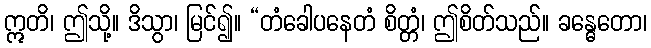
ဣတိ၊ ဤသို့။ ဒိသွာ၊ မြင်၍။ “တံခေါပနေတံ စိတ္တံ၊ ဤစိတ်သည်။ ခန္ဓေတော၊